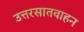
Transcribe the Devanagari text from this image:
उत्तरसातवाहन